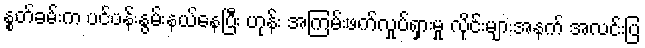
နွုတ်ခမ်းက ပင်ပန်းနွမ်းနယ်နေပြီး ဟုန်း အကြမ်းဖက်လှုပ်ရှားမှု လိုင်းများအနက် အလင်းပြ